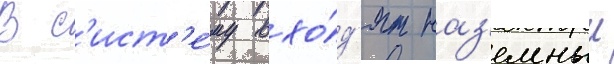
В с'ист'е́му вхо́д'ят наз'емныи